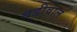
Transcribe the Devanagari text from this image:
बडीवाल